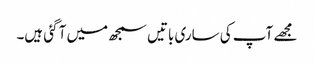
مجھے آپ کی ساری باتیں سمجھ میں آ گئی ہیں۔